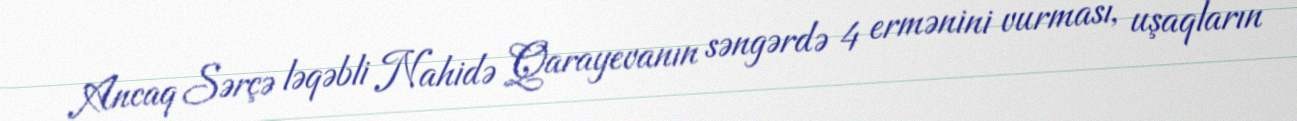
Ancaq Sərçə ləqəbli Nahidə Qarayevanın səngərdə 4 ermənini vurması, uşaqların